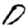
Digit: 0